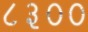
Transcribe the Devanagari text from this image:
८३००